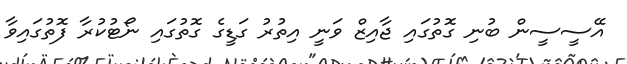
އޭސީސީން ބުނި ގޮތުގައި ޖާއިޒް ވަނީ އިތުރު ގަޑީގެ ގޮތުގައި ނޯޓުކުރާ ފޮތުގައިވާ